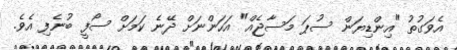
އެވަގުތު "އިންޑިޔަން ސުޕަ މަސާޖެއް" އަހަންނަށް ދޭނެ ކަމަށް ސޯފީ ބުނެފި އެވެ.